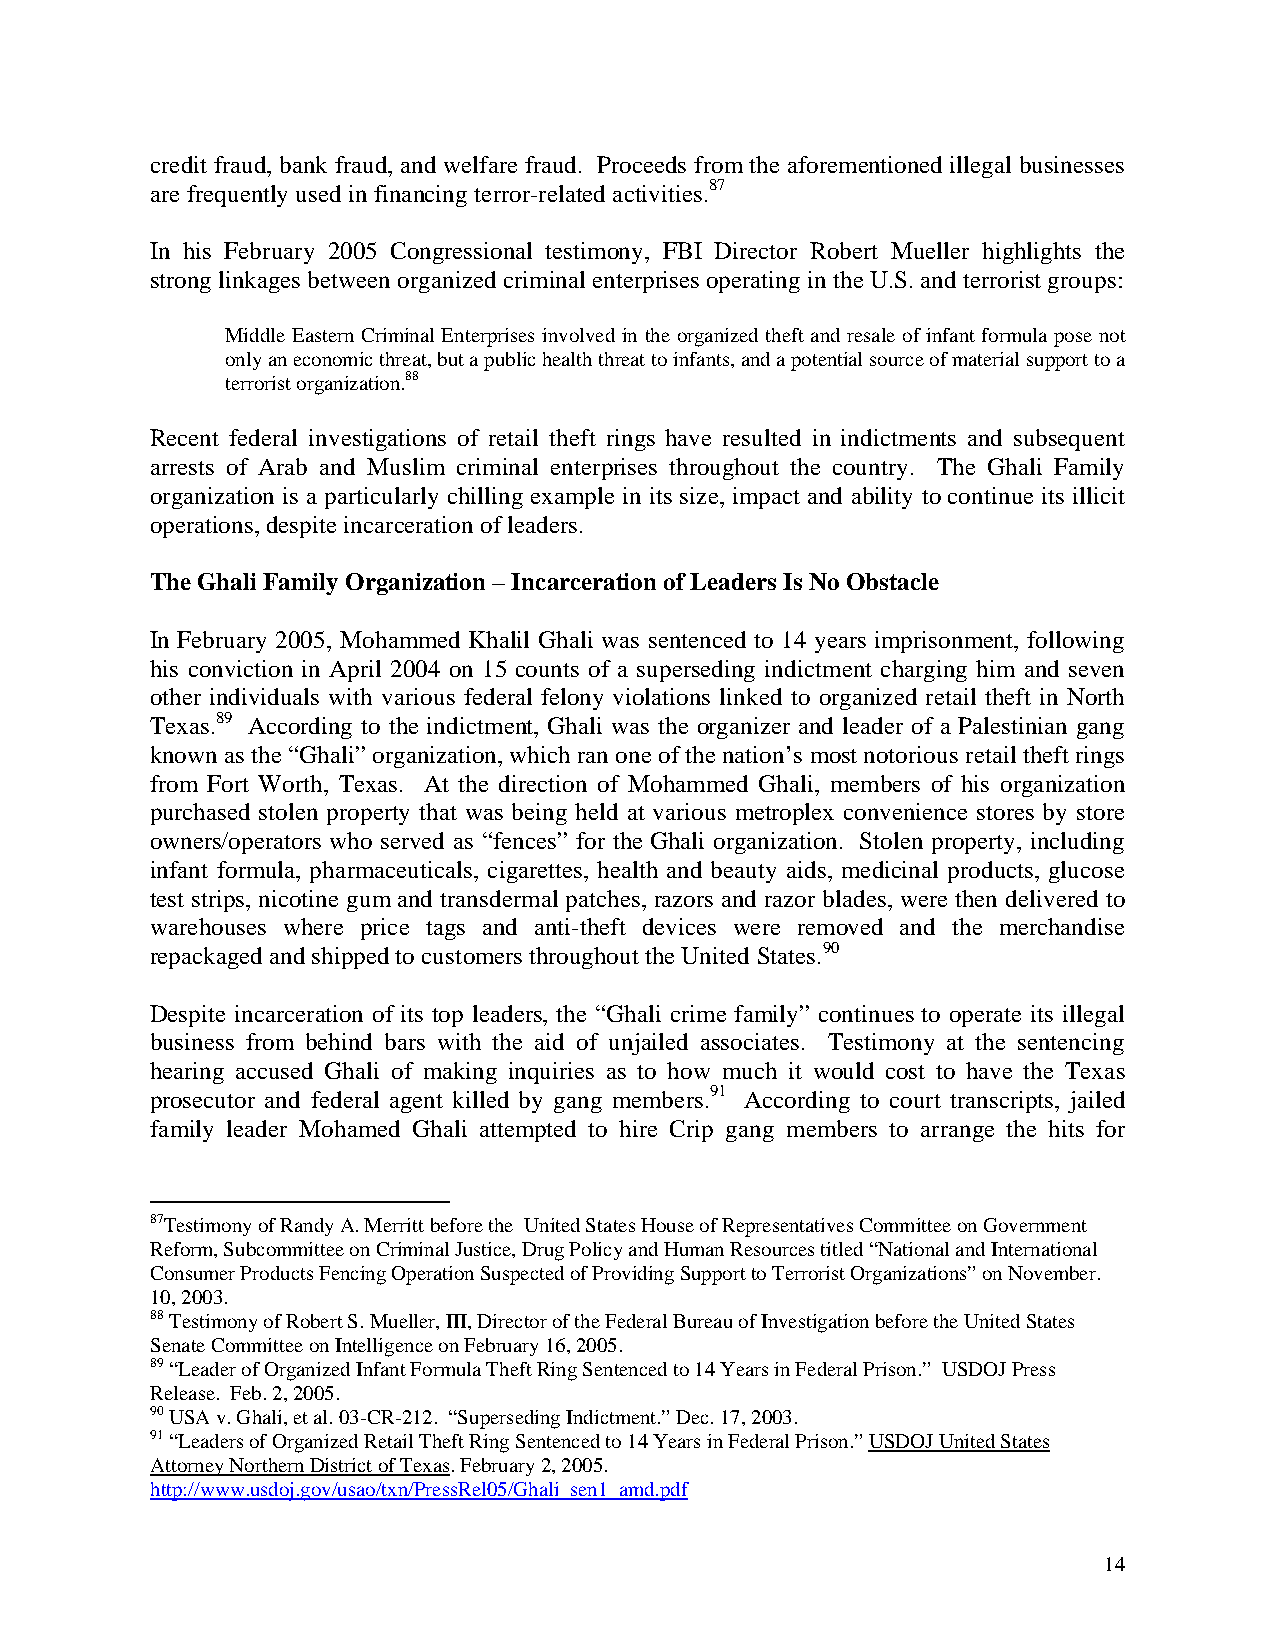
credit fraud, bank fraud, and welfare fraud. Proceeds from the aforementioned illegal businesses
 are frequently used in financing terror-related activities.87
 In his February 2005 Congressional testimony, FBI Director Robert Mueller highlights the
 strong linkages between organized criminal enterprises operating in the U.S. and terrorist groups:
 Middle Eastern Criminal Enterprises involved in the organized theft and resale of infant formula pose not
 only an economic threat, but a public health threat to infants, and a potential source of material support to a
 terrorist organization.88
 Recent federal investigations of retail theft rings have resulted in indictments and subsequent
 arrests of Arab and Muslim criminal enterprises throughout the country. The Ghali Family
 organization is a particularly chilling example in its size, impact and ability to continue its illicit
 operations, despite incarceration of leaders.
 The Ghali Family Organization – Incarceration of Leaders Is No Obstacle
 In February 2005, Mohammed Khalil Ghali was sentenced to 14 years imprisonment, following
 his conviction in April 2004 on 15 counts of a superseding indictment charging him and seven
 other individuals with various federal felony violations linked to organized retail theft in North
 Texas.89 According to the indictment, Ghali was the organizer and leader of a Palestinian gang
 known as the “Ghali” organization, which ran one of the nation’s most notorious retail theft rings
 from Fort Worth, Texas. At the direction of Mohammed Ghali, members of his organization
 purchased stolen property that was being held at various metroplex convenience stores by store
 owners/operators who served as “fences” for the Ghali organization. Stolen property, including
 infant formula, pharmaceuticals, cigarettes, health and beauty aids, medicinal products, glucose
 test strips, nicotine gum and transdermal patches, razors and razor blades, were then delivered to
 warehouses where price tags and anti-theft devices were removed and the merchandise
 repackaged and shipped to customers throughout the United States.90
 Despite incarceration of its top leaders, the “Ghali crime family” continues to operate its illegal
 business from behind bars with the aid of unjailed associates. Testimony at the sentencing
 hearing accused Ghali of making inquiries as to how much it would cost to have the Texas
 prosecutor and federal agent killed by gang members.91 According to court transcripts, jailed
 family leader Mohamed Ghali attempted to hire Crip gang members to arrange the hits for
 87Testimony of Randy A. Merritt before the United States House of Representatives Committee on Government
 Reform, Subcommittee on Criminal Justice, Drug Policy and Human Resources titled “National and International
 Consumer Products Fencing Operation Suspected of Providing Support to Terrorist Organizations” on November.
 10, 2003.
 88 Testimony of Robert S. Mueller, III, Director of the Federal Bureau of Investigation before the United States
 Senate Committee on Intelligence on February 16, 2005.
 89 “Leader of Organized Infant Formula Theft Ring Sentenced to 14 Years in Federal Prison.” USDOJ Press
 Release. Feb. 2, 2005.
 90 USA v. Ghali, et al. 03-CR-212. “Superseding Indictment.” Dec. 17, 2003.
 91 “Leaders of Organized Retail Theft Ring Sentenced to 14 Years in Federal Prison.” USDOJ United States
 Attorney Northern District of Texas. February 2, 2005.
 http://www.usdoj.gov/usao/txn/PressRel05/Ghali_sen1_amd.pdf
 14